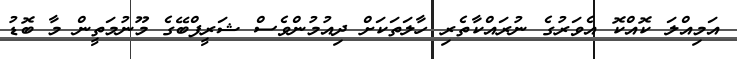
އަމިއްލަ ކޮއްކޮ އެވަރުގެ ނުރައްކާތެރި ހާލަތަކަށް ދިއުމުންވެސް ޝަރީފްބޭގެ މޫނުމަތީން މާ ބޮޑު